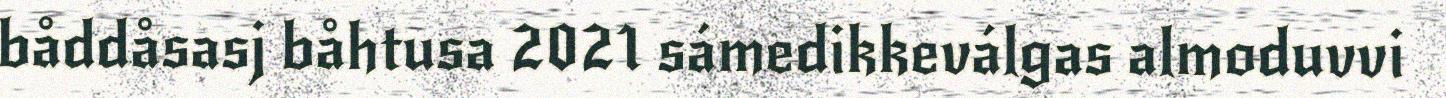
båddåsasj båhtusa 2021 sámedikkeválgas almoduvvi